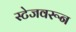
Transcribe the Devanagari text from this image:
स्टेजवरून